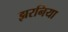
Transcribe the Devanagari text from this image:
झरनिया